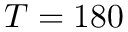
T = 1 8 0